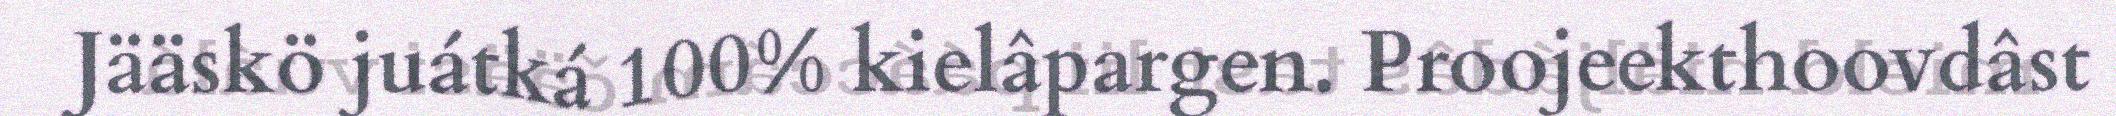
Jääskö juátká 100% kielâpargen. Proojeekthoovdâst